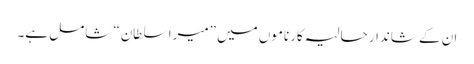
ان کے شاندار حالیہ کارناموں میں ”میرا سلطان“ شامل ہے۔